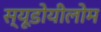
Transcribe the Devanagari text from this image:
स्यूडोयीलोम